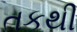
તકથી